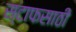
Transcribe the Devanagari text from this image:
स्टाफसाठी